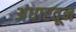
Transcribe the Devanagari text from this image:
अंधारतून